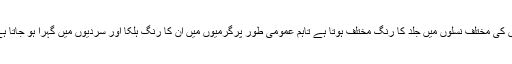
اس کی مختلف نسلوں میں جلد کا رنگ مختلف ہوتا ہے تاہم عمومی طور پرگرمیوں میں ان کا رنگ ہلکا اور سردیوں میں گہرا ہو جاتا ہے۔